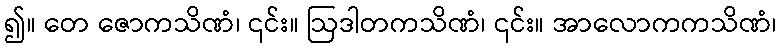
၍။ တေ ဇောကသိဏံ၊ ၎င်း။ ဩဒါတကသိဏံ၊ ၎င်း။ အာလောကကသိဏံ၊